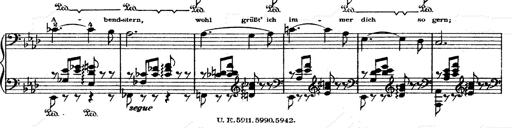
Title: O du mein holder Abendstern
Composer: Franz Liszt